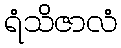
ရံသိဇာလံ